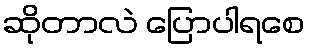
ဆိုတာလဲ ပြောပါရစေ